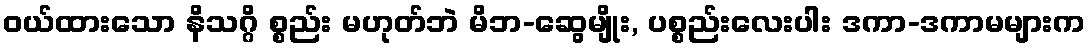
ဝယ်ထားသော နိသဂ္ဂိ စ္စည်း မဟုတ်ဘဲ မိဘ-ဆွေမျိုး, ပစ္စည်းလေးပါး ဒကာ-ဒကာမများက